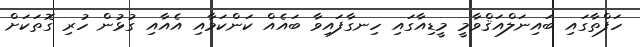
ހަފްތާގައި ބައިނަލްއަޤްވާމީ މީޑިއާގައި ހިނގާފައިވާ ބައެއް ކަންކަމާއި އެއާއި ގުޅުން ހުރި ގޮތަކަށް